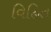
વિહિત